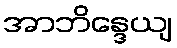
အာဘိန္ဒေယျ